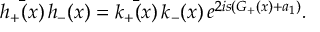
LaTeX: \bar { h _ { + } ( x ) } \, h _ { - } ( x ) = \bar { k _ { + } ( x ) } \, k _ { - } ( x ) \, e ^ { 2 i s ( G _ { + } ( x ) + a _ { 1 } ) } .